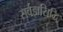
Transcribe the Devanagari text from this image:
सर्वज्ञसिद्धि